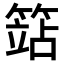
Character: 𥱱